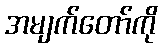
အမျက်တော်ကို